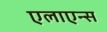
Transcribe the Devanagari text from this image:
एलाएन्स